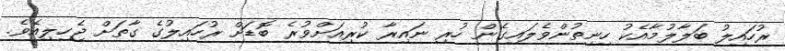
ރުހައިލު ބަލާލުމާއެކު ހިނިތުންވެލައިގެން ހުރި ނައިރާ ކުރިއަށްވުރެ ބޮޑަށް ރުހައިލުގެ ގާތަށް ޖެހިލިއެވެ.